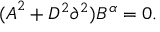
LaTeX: { ( \cal A } ^ { 2 } + { \cal D } ^ { 2 } \partial ^ { 2 } ) B ^ { \alpha } = 0 .